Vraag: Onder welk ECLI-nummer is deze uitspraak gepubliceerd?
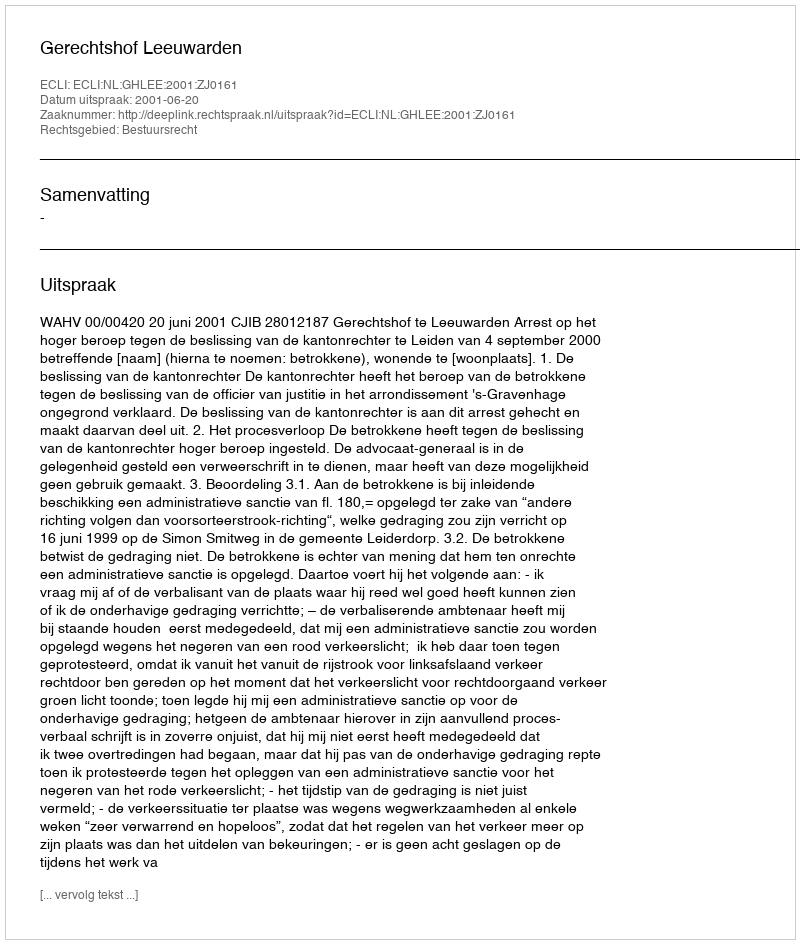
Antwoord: ECLI:NL:GHLEE:2001:ZJ0161